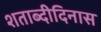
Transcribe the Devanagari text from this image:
शताब्दीदिनास